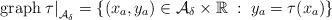
\begin{align*} \mbox{\rm graph} \left. \tau \right |_{{\cal A}_\delta} = \{ (x_a, y_a) \in {\cal A}_ \delta \times \mathbb{R} \; : \; y_a = \tau(x_a)\}\end{align*}